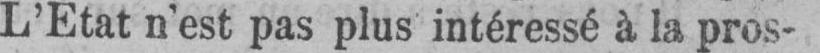
L’Etat n’est pas plus intéressé à la pros-